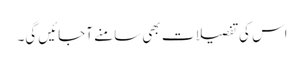
اس کی تفصیلات بھی سامنے آجائیں گی۔